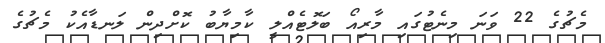
މެޗުގެ 22 ވަނަ މިނެޓުގައި މާރިއޯ ބަލޮޓެއްލީ ކާމިޔާބު ކޮށްދިން ލަނޑާއެކު މެޗުގެ